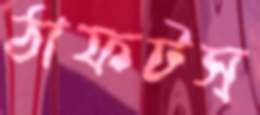
ঠাফটস্